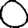
Digit: 0